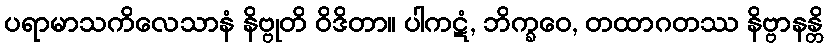
ပရာမာသကိလေသာနံ နိဗ္ဗုတိ ဝိဒိတာ။ ပါကဋံ, ဘိက္ခဝေ, တထာဂတဿ နိဗ္ဗာနန္တိ